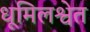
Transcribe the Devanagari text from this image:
धूमिलश्वेत